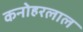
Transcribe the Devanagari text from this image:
कनोहरलाल